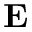
\mathbf { E }